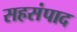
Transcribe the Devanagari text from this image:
सहसंपाद